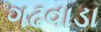
ગઢવાડા